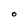
Character: O